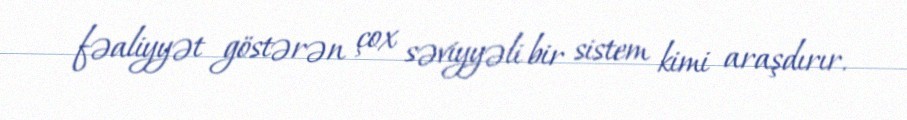
fəaliyyət göstərən çox səviyyəli bir sistem kimi araşdırır.